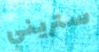
ستريني